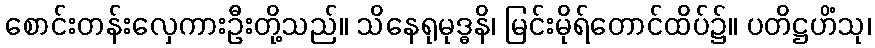
စောင်းတန်းလှေကားဦးတို့သည်။ သိနေရုမုဒ္ဓနိ၊ မြင်းမိုရ်တောင်ထိပ်၌။ ပတိဋ္ဌဟိံသု၊